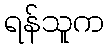
ရန်သူက